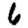
Digit: 6